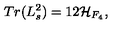
T r ( L _ { s } ^ { 2 } ) = 1 2 { \cal H } _ { F _ { 4 } } ,